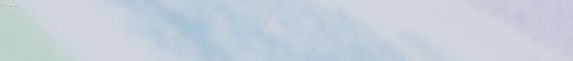
بيع وشراء أدوات الأدوات ا